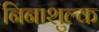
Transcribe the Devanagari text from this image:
निनाशुल्क